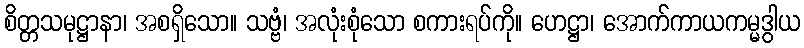
စိတ္တသမုဋ္ဌာနာ၊ အစရှိသော။ သဗ္ဗံ၊ အလုံးစုံသော စကားရပ်ကို။ ဟေဋ္ဌာ၊ အောက်ကာယကမ္မဒွါယ